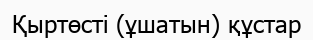
Қыртөсті (ұшатын) құстар